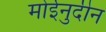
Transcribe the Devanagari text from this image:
मोईनुदीन